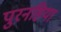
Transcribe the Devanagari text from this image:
पुरनहिया